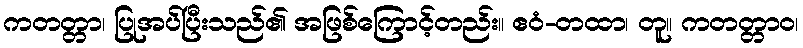
ကတတ္တာ၊ ပြုအပ်ပြီးသည်၏ အဖြစ်ကြောင့်တည်း။ ဧဝံ-တထာ၊ တူ။ ကတတ္တာဝ၊